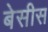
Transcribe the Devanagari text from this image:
बेसीस